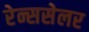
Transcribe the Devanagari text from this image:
रेन्ससेलर